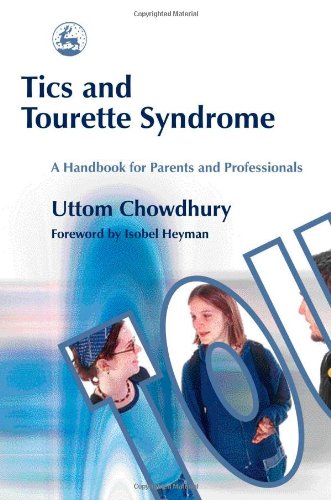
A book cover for Tics and Tourette Syndrome: A Handbook for Parents and Professionals; Uttom Chowdhury; Health, Fitness & Dieting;